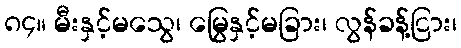
၈၄။ မီးနှင့်မသွေ၊ မြွေနှင့်မခြား၊ လွန်ခန့်ငြား၊